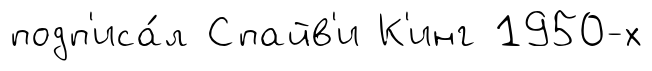
подп'иса́л Спайв'и К'инг 1950-х